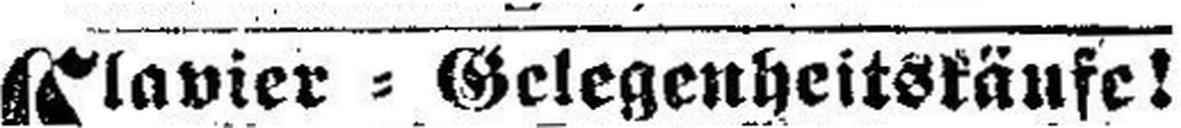
Clavier=Gelgenheitskäufe!